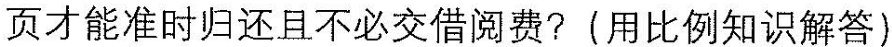
页才能准时归还且不必交借阅费? (用比例知识解答)